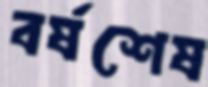
বর্ষশেষ